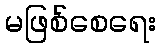
မဖြစ်စေရေး